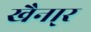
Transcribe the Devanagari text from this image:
खैना्र